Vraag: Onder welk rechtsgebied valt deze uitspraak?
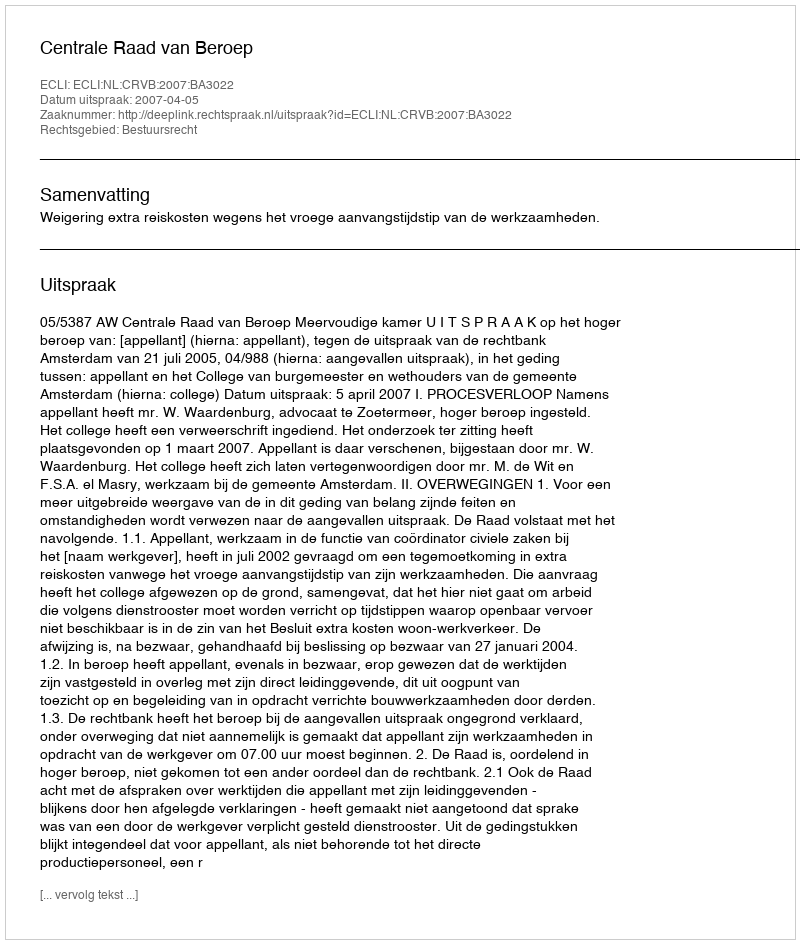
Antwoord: Bestuursrecht